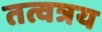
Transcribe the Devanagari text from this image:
तत्वत्रय